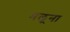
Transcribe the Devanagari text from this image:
मलूना